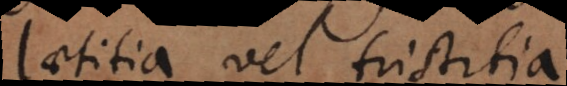
laetitiam vel tristitiam